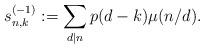
LaTeX: \begin{align*} s_{n,k}^{(-1)} & := \sum_{d|n} p(d-k) \mu(n / d). \end{align*}